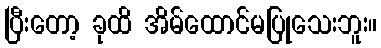
ပြီးတော့ ခုထိ အိမ်ထောင်မပြုသေးဘူး။